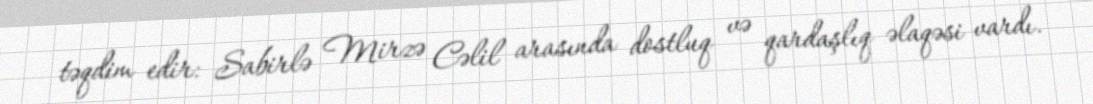
təqdim edir: Sabirlə Mirzə Cəlil arasında dostluq və qardaşlıq əlaqəsi vardı.